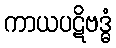
ကာယပဋိဗဒ္ဓံ